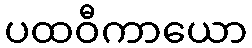
ပထဝီကာယော